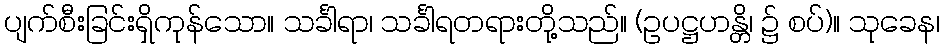
ပျက်စီးခြင်းရှိကုန်သော။ သင်္ခါရာ၊ သင်္ခါရတရားတို့သည်။ (ဥပဋ္ဌဟန္တိ၊ ၌ စပ်)။ သုခေန၊